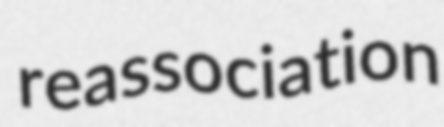
reassociation